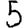
Digit: 5